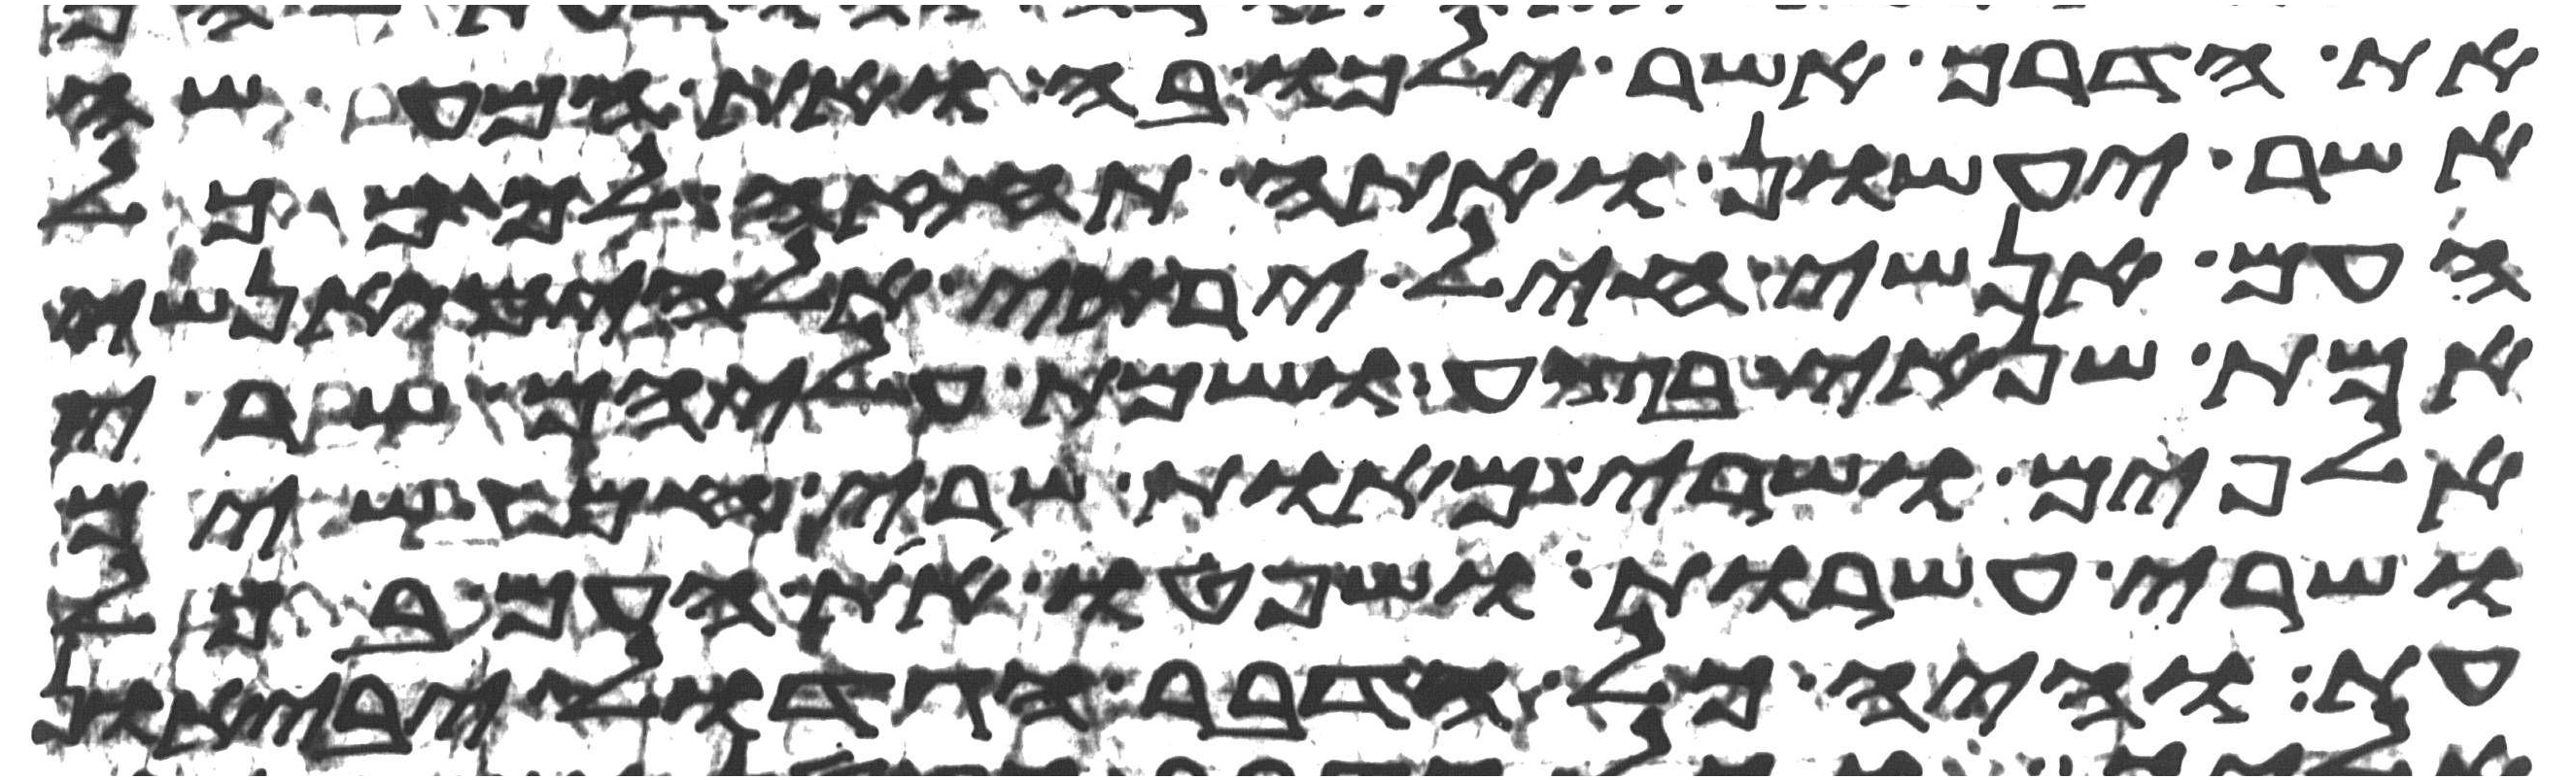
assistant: את הדרך אשר ילכו בה ואת המעשה
אשר יעשון ואתה תחזה לך מכל
העם אנשי חיל יראי אלהים אנשי
אמת שנאי בצע ושמת עליהם שרי
אלפים ושרי מאות שרי חמשים
ושרי עשרות ושפטו את העם בכל
עת והיה כל הדבר הגדול יביאון